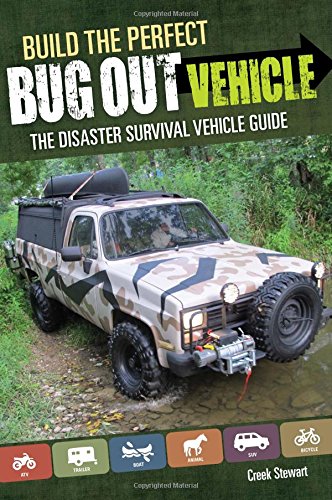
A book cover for Build the Perfect Bug Out Vehicle: The Disaster Survival Vehicle Guide; Creek Stewart; Engineering & Transportation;